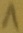
Text: 1